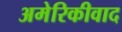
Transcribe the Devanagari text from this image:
अमेरिकीवाद